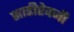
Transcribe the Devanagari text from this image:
साडीऐवजी